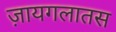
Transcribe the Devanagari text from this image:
ज़ायगलातस